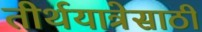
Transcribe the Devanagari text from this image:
तीर्थयात्रेसाठी